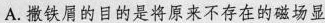
A.撒铁屑的目的是将原来不存在的磁场显